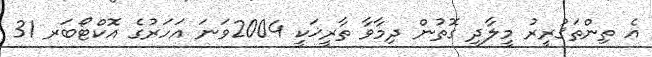
އެ ތިންތަޤުރީރު މީލާދީ ގޮތުން ދިމާވާ ތާރީޚަކީ 2004ވަނަ އަހަރުގެ އޮކްޓޯބަރ 31